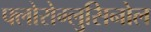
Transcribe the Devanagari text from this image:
फ्लोरोग्लुसिनोल